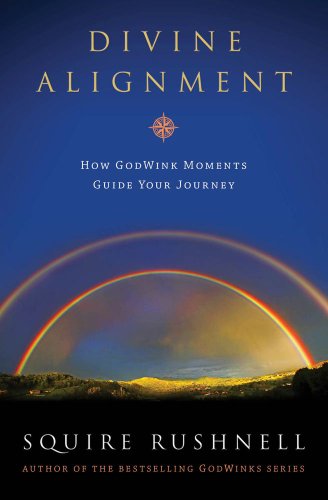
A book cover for Divine Alignment: How Godwink Moments Guide Your Journey; SQuire Rushnell; Politics & Social Sciences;